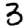
Digit: 3